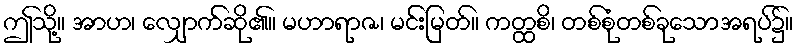
ဤသို့။ အာဟ၊ လျှောက်ဆို၏။ မဟာရာဇ၊ မင်းမြတ်။ ကတ္ထစိ၊ တစ်စုံတစ်ခုသောအရပ်၌။